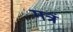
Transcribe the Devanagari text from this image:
मत्रं